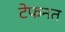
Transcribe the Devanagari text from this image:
टेफनत